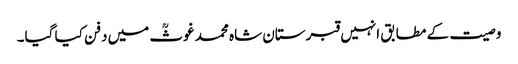
وصیت کے مطابق انہیں قبرستان شاہ محمد غوثؒ میں دفن کیا گیا۔